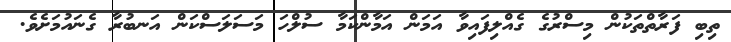
ތިބި ފަރާތްތަކުން މިސްރުގެ ގެއްލިފައިވާ އަމަން އަމާންކަމާ ސުލްހަ މަސަލަސްކަން އަނބުރާ ގެނައުމަށެވެ.